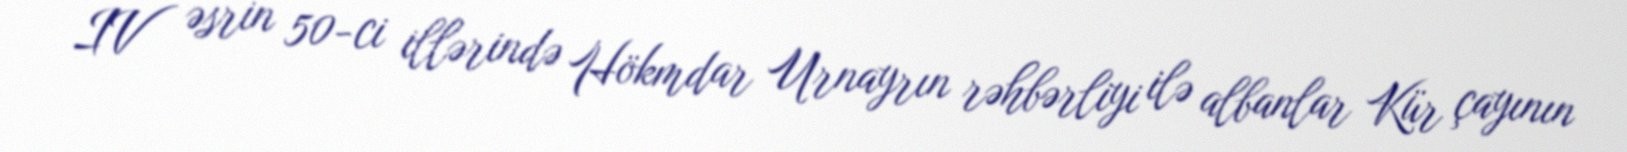
IV əsrin 50-ci illərində Hökmdar Urnayrın rəhbərliyi ilə albanlar Kür çayının